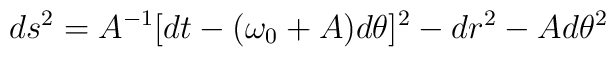
ds^{2}=A^{-1}[dt-(\omega_{0}+A)d\theta]^{2}-dr^{2}-Ad\theta^{2}